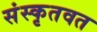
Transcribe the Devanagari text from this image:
संस्कृतवत